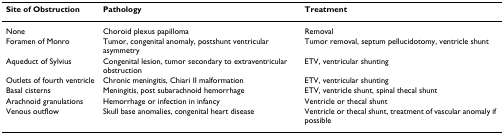
<table><thead><tr><td><b>Site of Obstruction</b></td><td><b>Pathology</b></td><td><b>Treatment</b></td></tr></thead><tbody><tr><td>None</td><td>Choroid plexus papilloma</td><td>Removal</td></tr><tr><td>Foramen of Monro</td><td>Tumor, congenital anomaly, postshunt ventricular asymmetry</td><td>Tumor removal, septum pellucidotomy, ventricle shunt</td></tr><tr><td>Aqueduct of Sylvius</td><td>Congenital lesion, tumor secondary to extraventricular obstruction</td><td>ETV, ventricular shunting</td></tr><tr><td>Outlets of fourth ventricle</td><td>Chronic meningitis, Chiari II malformation</td><td>ETV, ventricular shunting</td></tr><tr><td>Basal cisterns</td><td>Meningitis, post subarachnoid hemorrhage</td><td>ETV, ventricle shunt, spinal thecal shunt</td></tr><tr><td>Arachnoid granulations</td><td>Hemorrhage or infection in infancy</td><td>Ventricle or thecal shunt</td></tr><tr><td>Venous outflow</td><td>Skull base anomalies, congenital heart disease</td><td>Ventricle or thecal shunt, treatment of vascular anomaly if possible</td></tr></tbody></table>